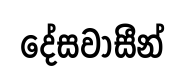
දේසවාසීන්